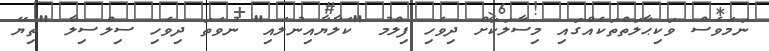
ނަމަވެސް ވަކިޙާލަތްތަކެއްގައި މިސާލަކަށް ދިވެހި ފިލްމު "ކަލާޔާއިނުލައި" ނުވަތަ ދިވެހި ސިލްސިލާ "ތިޔޭ